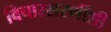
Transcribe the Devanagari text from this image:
विचारसरणींशी